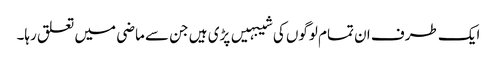
ایک طرف ان تمام لوگوں کی شیبہیں پڑی ہیں جن سے ماضی میں تعلق رہا۔